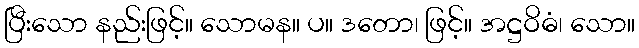
ပြီးသော နည်းဖြင့်။ သောမန။ ပ။ ဒတော၊ ဖြင့်။ အဋ္ဌဝိဓံ၊ သော။